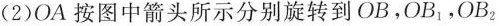
(2)OA按图中箭头所示分别旋转到OB，OB_{1}，OB_{2}